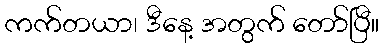
ကက်တယာ၊ ဒီနေ့ အတွက် တော်ပြီ။